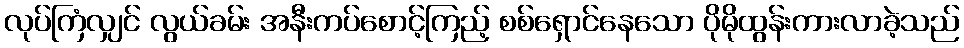
လုပ်ကြံလျှင် လွယ်ခမ်း အနီးကပ်စောင့်ကြည့် စစ်ရှောင်နေသော ပိုမိုထွန်းကားလာခဲ့သည်